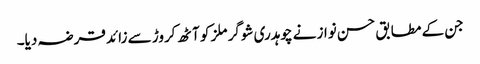
جن کے مطابق حسن نواز نے چوہدری شوگر ملز کو آٹھ کروڑ سے زائد قرضہ دیا۔